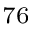
^ { 7 6 }